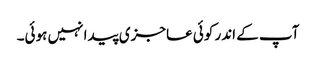
آپ کے اندر کوئی عاجزی پیدا نہیں ہوئی۔